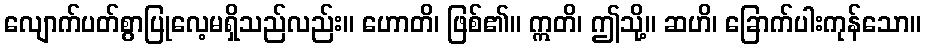
လျောက်ပတ်စွာပြုလေ့မရှိသည်လည်း။ ဟောတိ၊ ဖြစ်၏။ ဣတိ၊ ဤသို့။ ဆဟိ၊ ခြောက်ပါးကုန်သော။